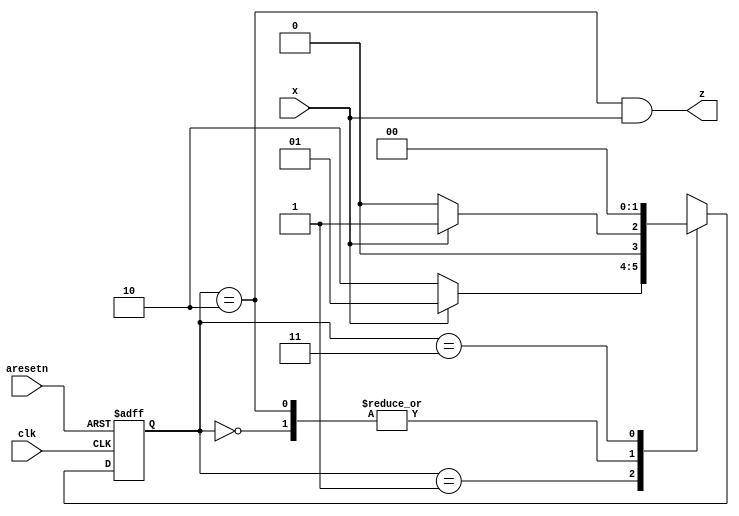
module top_module (
    input clk,
    input aresetn,    // Asynchronous active-low reset
    input x,
    output z );
    
    reg [1:0] state, next_state;
    
    always @(*) begin
        case(state)
            2'b00:	next_state = x? 2'b01 : 2'b00;
            2'b01:	next_state = x? 2'b01 : 2'b10;
            2'b10:	next_state = x? 2'b01 : 2'b00;
            2'b11:	next_state = 2'b00;
        endcase
    end
    
    always @(posedge clk, negedge aresetn) begin
        if(~aresetn)
            state <= 2'b0;
        else
            state <= next_state;
    end
    
    assign z = ((state == 2'b10) && x);

endmodule